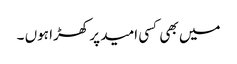
میں بھی کسی امید پر کھڑا ہوں ۔